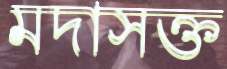
মদাসক্ত